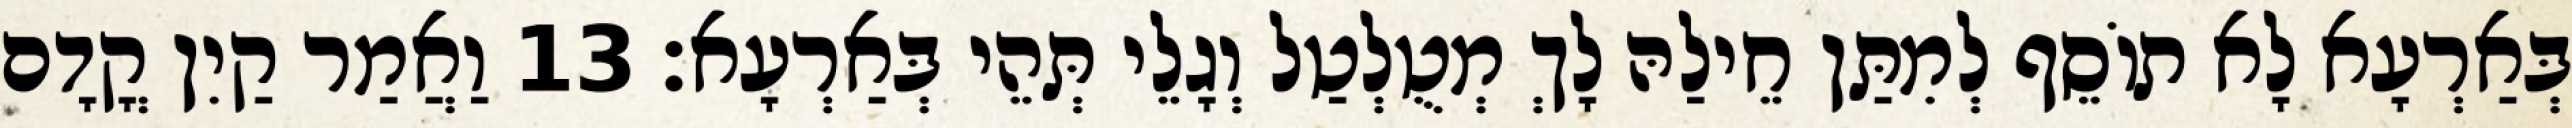
בְּאַרְעָא לָא תוֹסֵף לְמִתַּן חֵילַהּ לָךְ מְטֻלְטַל וְגָלֵי תְּהֵי בְּאַרְעָא׃ 13 וַאֲמַר קַיִן קֳדָם